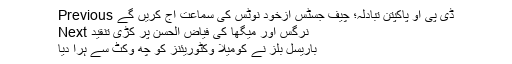
Previous ڈی پی او پاکپتن تبادلہ؛ چیف جسٹس ازخود نوٹس کی سماعت آج کریں گے
Next نرگس اور میگھا کی فیاض الحسن پر کڑی تنقید
باریسل بلز نے کومیلا وکٹوریئنز کو چھ وکٹ سے ہرا دیا